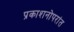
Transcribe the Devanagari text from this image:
प्रकाशनोपरांत